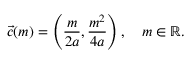
{ \vec { c } } ( m ) = \left( { \frac { m } { 2 a } } , { \frac { m ^ { 2 } } { 4 a } } \right) , \quad m \in \mathbb { R } .